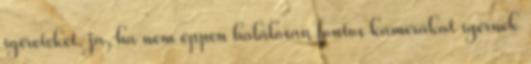
ígéreteket. ja, ha nem éppen halálosan fontos kamerákat ígérnek